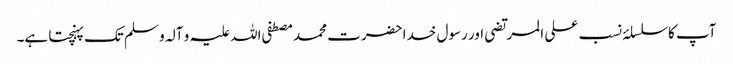
آپ کا سلسلۂ نسب علی المرتضی اور رسول خدا حضرت محمد مصطفی اللہ علیہ و آلہ و سلم تک پہنچتا ہے۔